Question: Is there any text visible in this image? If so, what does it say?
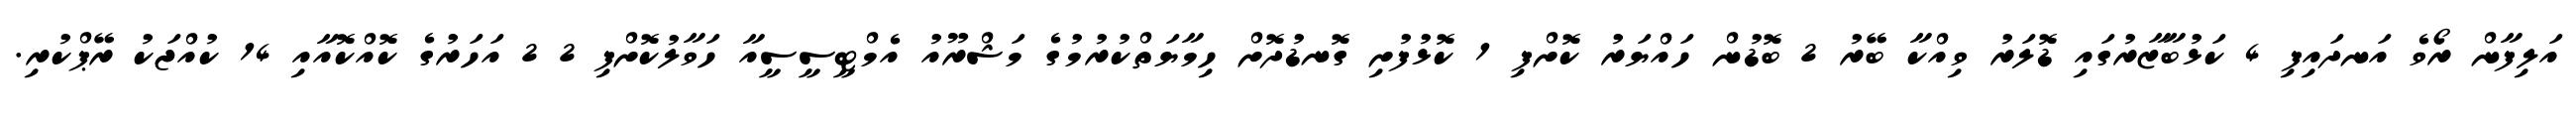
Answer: އަލިފާން ރޯވެ އަނދައިފި 4 ކަޅުބާޒާރުގައި ޑޮލަރު ވިއްކާ ބޭރު 2 ބޮޑުން ހައްޔަރު ކޮށްފި 1 ކޮޅުފުށި ގޮނޑުދޮށް ހިމާޔަތްކުރުމުގެ މަޝްރޫއު އެމްޓީސީސީއާ ހަވާލުކޮށްފި 2 2 އަހަރުގެ ކޮއްކޮއާއި 14 ކުއްޖަކު ރޭޕްކުރި.